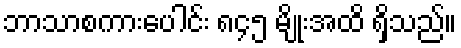
ဘာသာစကားပေါင်း ၈၄၅ မျိုးအထိ ရှိသည်။